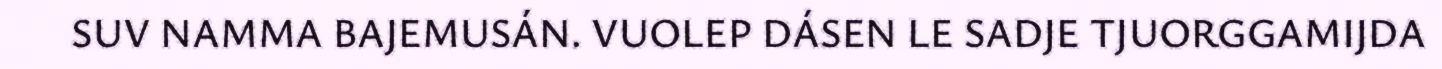
SUV NAMMA BAJEMUSÁN. VUOLEP DÁSEN LE SADJE TJUORGGAMIJDA